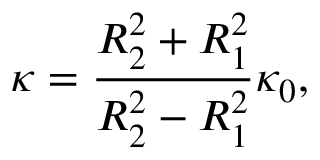
\kappa = \frac { R _ { 2 } ^ { 2 } + R _ { 1 } ^ { 2 } } { R _ { 2 } ^ { 2 } - R _ { 1 } ^ { 2 } } \kappa _ { 0 } ,